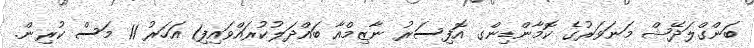
ބަންގްލަދޭޝް މަނަވަރުގެ ކޮމާންޑިންގ އޮފިސަރު ނާޒިމްއާ ބައްދަލުކުރައްވައިފި1 އަހަރު 11 މަސް ކުރިން.